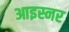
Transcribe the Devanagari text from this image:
आइस्नर